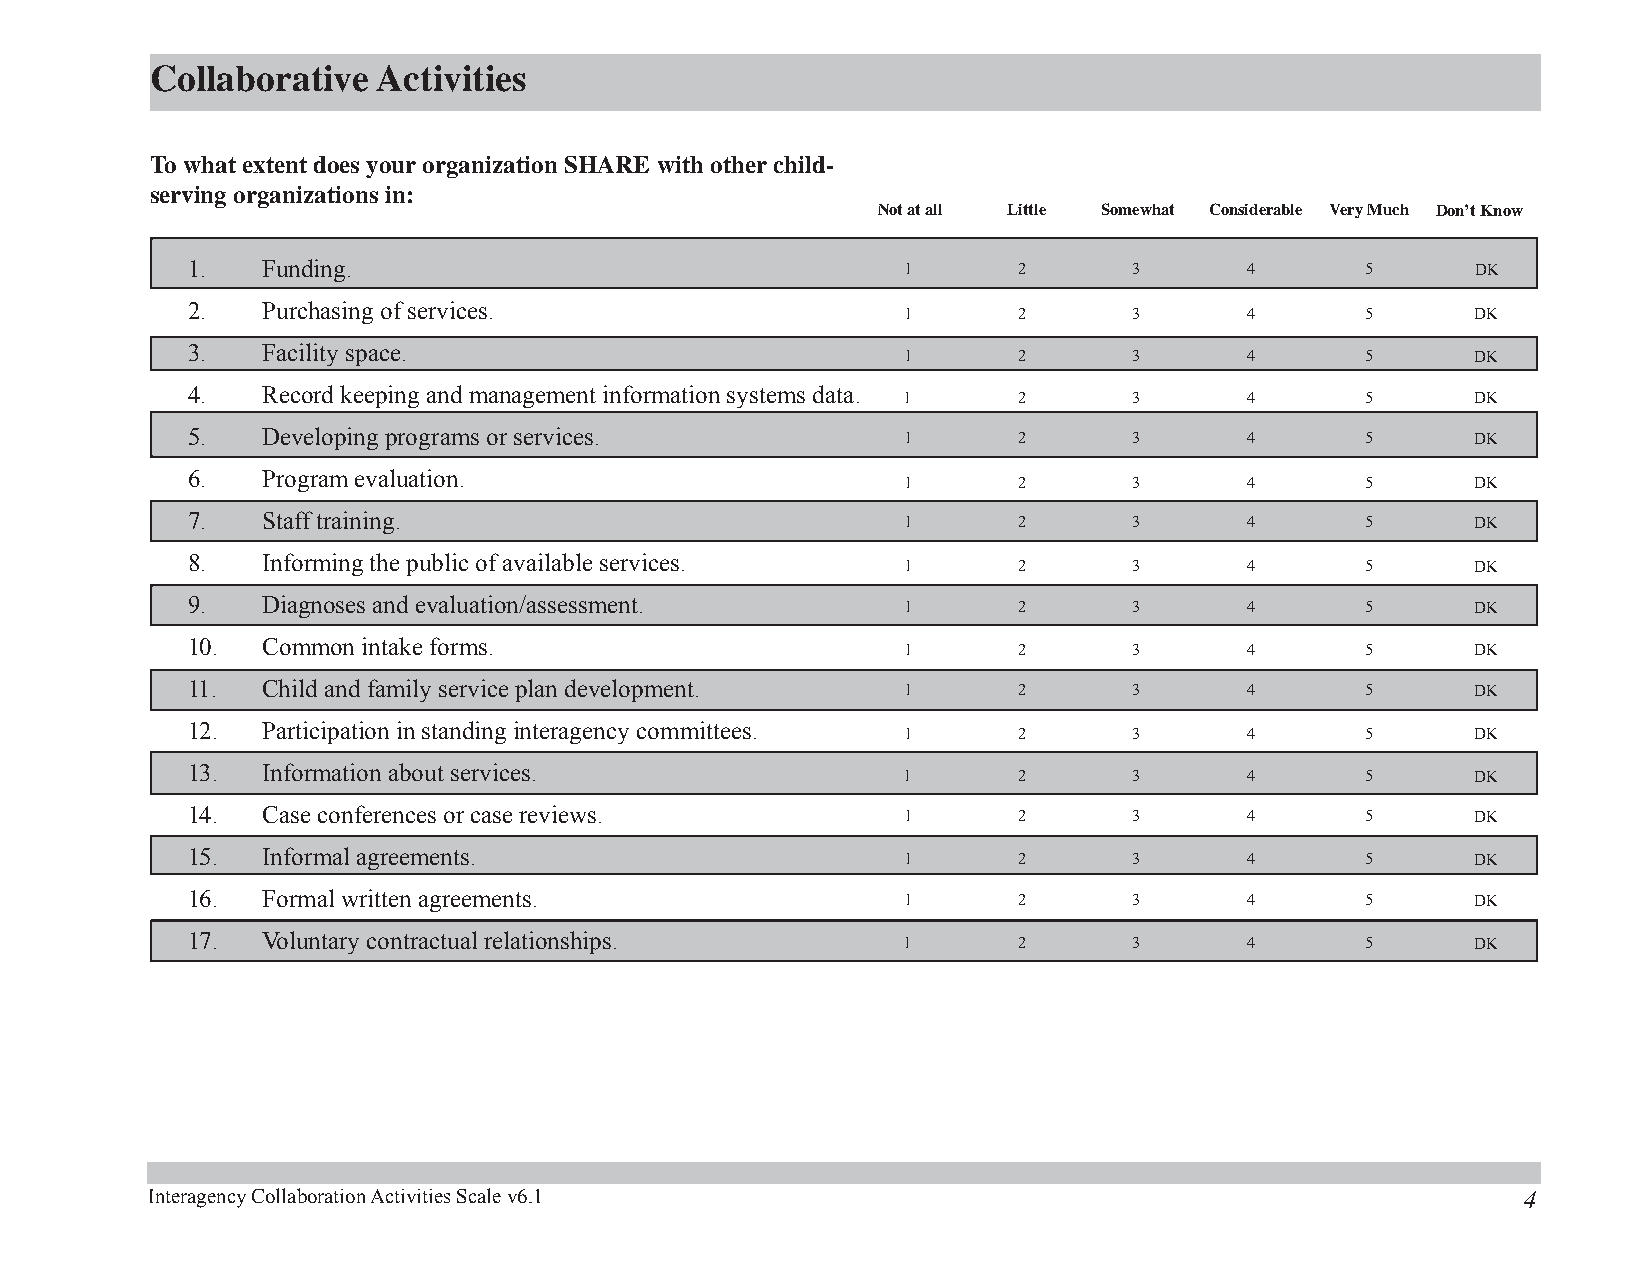
Collaborative  Activities
 To what extent does your organization SHARE with other child-
 serving organizations in:
 Not at all Little Somewhat Considerable Very Much Don’t Know
 1.   Funding.                                   1      2       3       4      5       DK
 2.   Purchasing of services.                    1      2       3       4      5       DK
 3.   Facility space.
 1      2       3       4      5       DK
 4.   Record keeping and management information systems data. 1 2 3    4       5       DK
 5.   Developing programs or services.           1      2       3       4      5       DK
 6.   Program evaluation.
 1      2       3       4      5       DK
 7.   Staff training.                            1      2       3       4      5       DK
 8.   Informing the public of available services.
 1      2       3       4      5       DK
 9.   Diagnoses and evaluation/assessment.       1      2       3       4      5       DK
 10.  Common intake forms.                       1      2       3       4      5       DK
 11.  Child and family service plan development. 1      2       3       4      5       DK
 12.  Participation in standing interagency committees.
 1      2       3      4       5       DK
 13.  Information about services.
 1      2       3      4       5       DK
 14.  Case conferences or case reviews.          1      2       3       4      5       DK
 15.  Informal agreements.                       1      2       3       4      5       DK
 16.  Formal written agreements.                 1      2       3       4      5       DK
 17.  Voluntary contractual relationships.       1      2       3       4      5       DK
 Interagency Collaboration Activities Scale v6.1                                            4